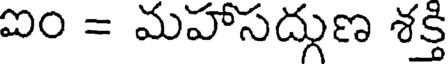
ఐం = మహాసద్గుణ శక్తి